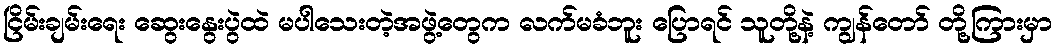
ငြိမ်းချမ်းရေး ဆွေးနွေးပွဲထဲ မပါသေးတဲ့အဖွဲ့တွေက လက်မခံဘူး ပြောရင် သူတို့နဲ့ ကျွန်တော် တို့ကြားမှာ